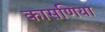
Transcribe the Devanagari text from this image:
कासणिया